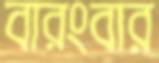
বারংবার